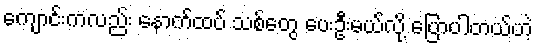
ကျောင်းကလည်း နောက်ထပ် သစ်တွေ ပေးဦးမယ်လို့ ပြောပါတယ်ဟဲ့